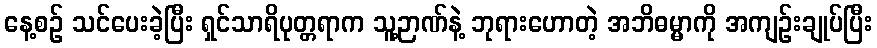
နေ့စဉ် သင်ပေးခဲ့ပြီး ရှင်သာရိပုတ္တရာက သူ့ဉာဏ်နဲ့ ဘုရားဟောတဲ့ အဘိဓမ္မာကို အကျဉ်းချုပ်ပြီး